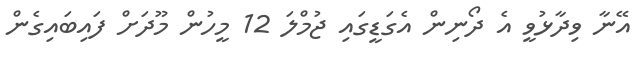
އޭނާ ވިދާޅުވީ އެ ދޯނިން އެގަޑީގައި ޖުމްލަ 12 މީހުން މޫދަށް ފައިބައިގެން